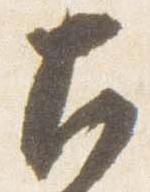
左